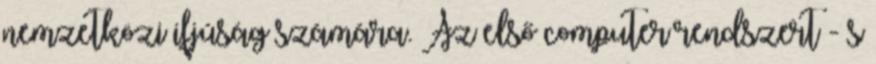
nemzetközi ifjúság számára. Az első computer rendszert - s